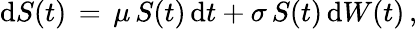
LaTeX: \mathrm{d}S(t)\, =\, \mu\, S(t)\, \mathrm{d}t+\sigma\, S(t)\, \mathrm{d}W(t)\, ,